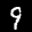
Label: 9